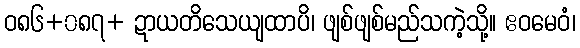
ဝ၈၆+၀၈၇+ ဍာယတိသေယျထာပိ၊ ဖျစ်ဖျစ်မည်သကဲ့သို့။ ဧဝမေဝံ၊